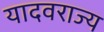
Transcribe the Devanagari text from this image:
यादवराज्य